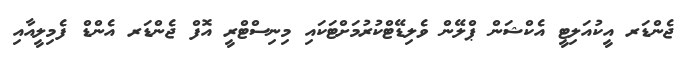
ޖެންޑަރ އީކުއަލިޓީ އެކްޝަން ޕްލޭން ވެލިޑޭޓްކުރުމަށްޓަކައި މިނިސްޓްރީ އޮފް ޖެންޑަރ އެންޑް ފެމިލީއާއި